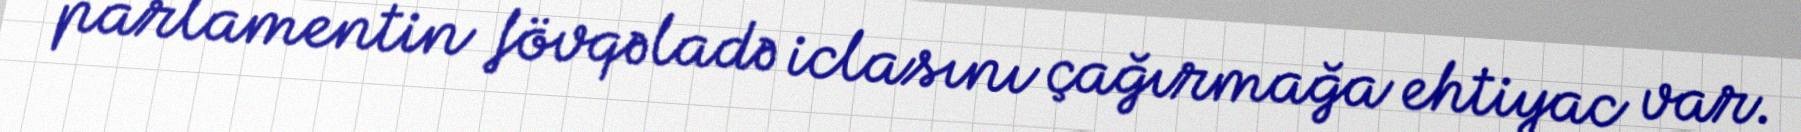
parlamentin fövqəladə iclasını çağırmağa ehtiyac var.